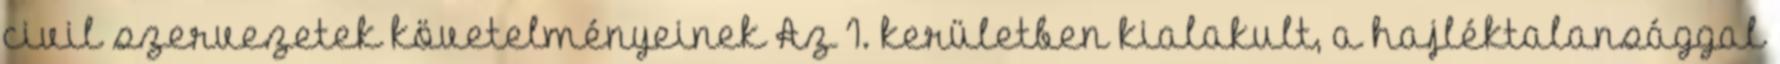
civil szervezetek követelményeinek Az I. kerületben kialakult, a hajléktalansággal